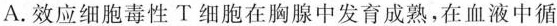
A.效应细胞毒性T细胞在胸腺中发育成熟，在血液中循